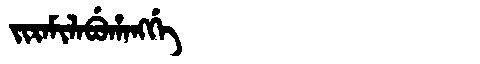
Manchu: ᠵᡳᡵᠠᠮᡳᠯᠠᠪᡠᡥᠠᠩᡤᡝ
Romanization: JIRAMILABUHANGGE